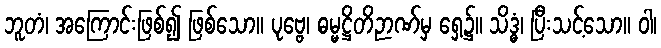
ဘူတံ၊ အကြောင်းဖြစ်၍ ဖြစ်သော။ ပုဗ္ဗေ၊ ဓမ္မဋ္ဌိတိဉာဏ်မှ ရှေ့၌။ သိဒ္ဓံ၊ ပြီးသင့်သော။ ဝါ၊